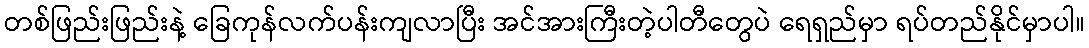
တစ်ဖြည်းဖြည်းနဲ့ ခြေကုန်လက်ပန်းကျလာပြီး အင်အားကြီးတဲ့ပါတီတွေပဲ ရေရှည်မှာ ရပ်တည်နိုင်မှာပါ။